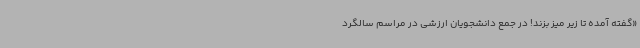
«گفته آمده تا زیر میز بزند! در جمع دانشجویان ارزشی در مراسم سالگرد